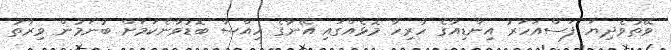
ވޭތުވެދިޔަ ފަސްއަހަރު އިންޑިއާގެ ހުރިހާ މޮޅެއްގައި އޭނާގެ ހިއްސާ ބޮޑުވާނެކަމަށް ބުނަމުން ވިރާތު